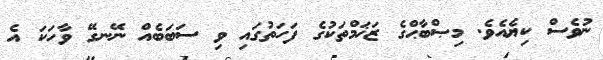
ނުވެސް ކިޔެއެވެ. މިޞްބާޙްގެ ޒަޚަމްތަކުގެ ފަހަތުގައި ވި ސަބަބެއް ނޭނގޭ ވާހަކަ އެ